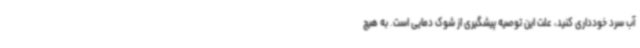
آب سرد خودداری کنید، علت این توصیه پیشگیری از شوک دمایی است. به هیچ